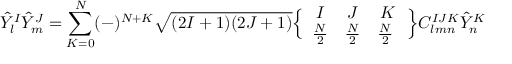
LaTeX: { \hat { Y } } _ { l } ^ { I } { \hat { Y } } _ { m } ^ { J } = \sum _ { K = 0 } ^ { N } ( - ) ^ { N + K } \sqrt { ( 2 I + 1 ) ( 2 J + 1 ) } \Bigl \{ \begin{array} { c c c } { { I } } & { { J } } & { { K } } \\ { { { \frac { N } { 2 } } } } & { { { \frac { N } { 2 } } } } & { { { \frac { N } { 2 } } \ } } \end{array} \Bigr \} C _ { l m n } ^ { I J K } { \hat { Y } } _ { n } ^ { K }